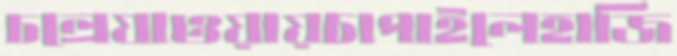
চল্রেযাওয়ায়চাপাইলেহাজি